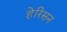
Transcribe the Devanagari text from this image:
हेरिसन